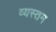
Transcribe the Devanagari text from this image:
व्यस्तम